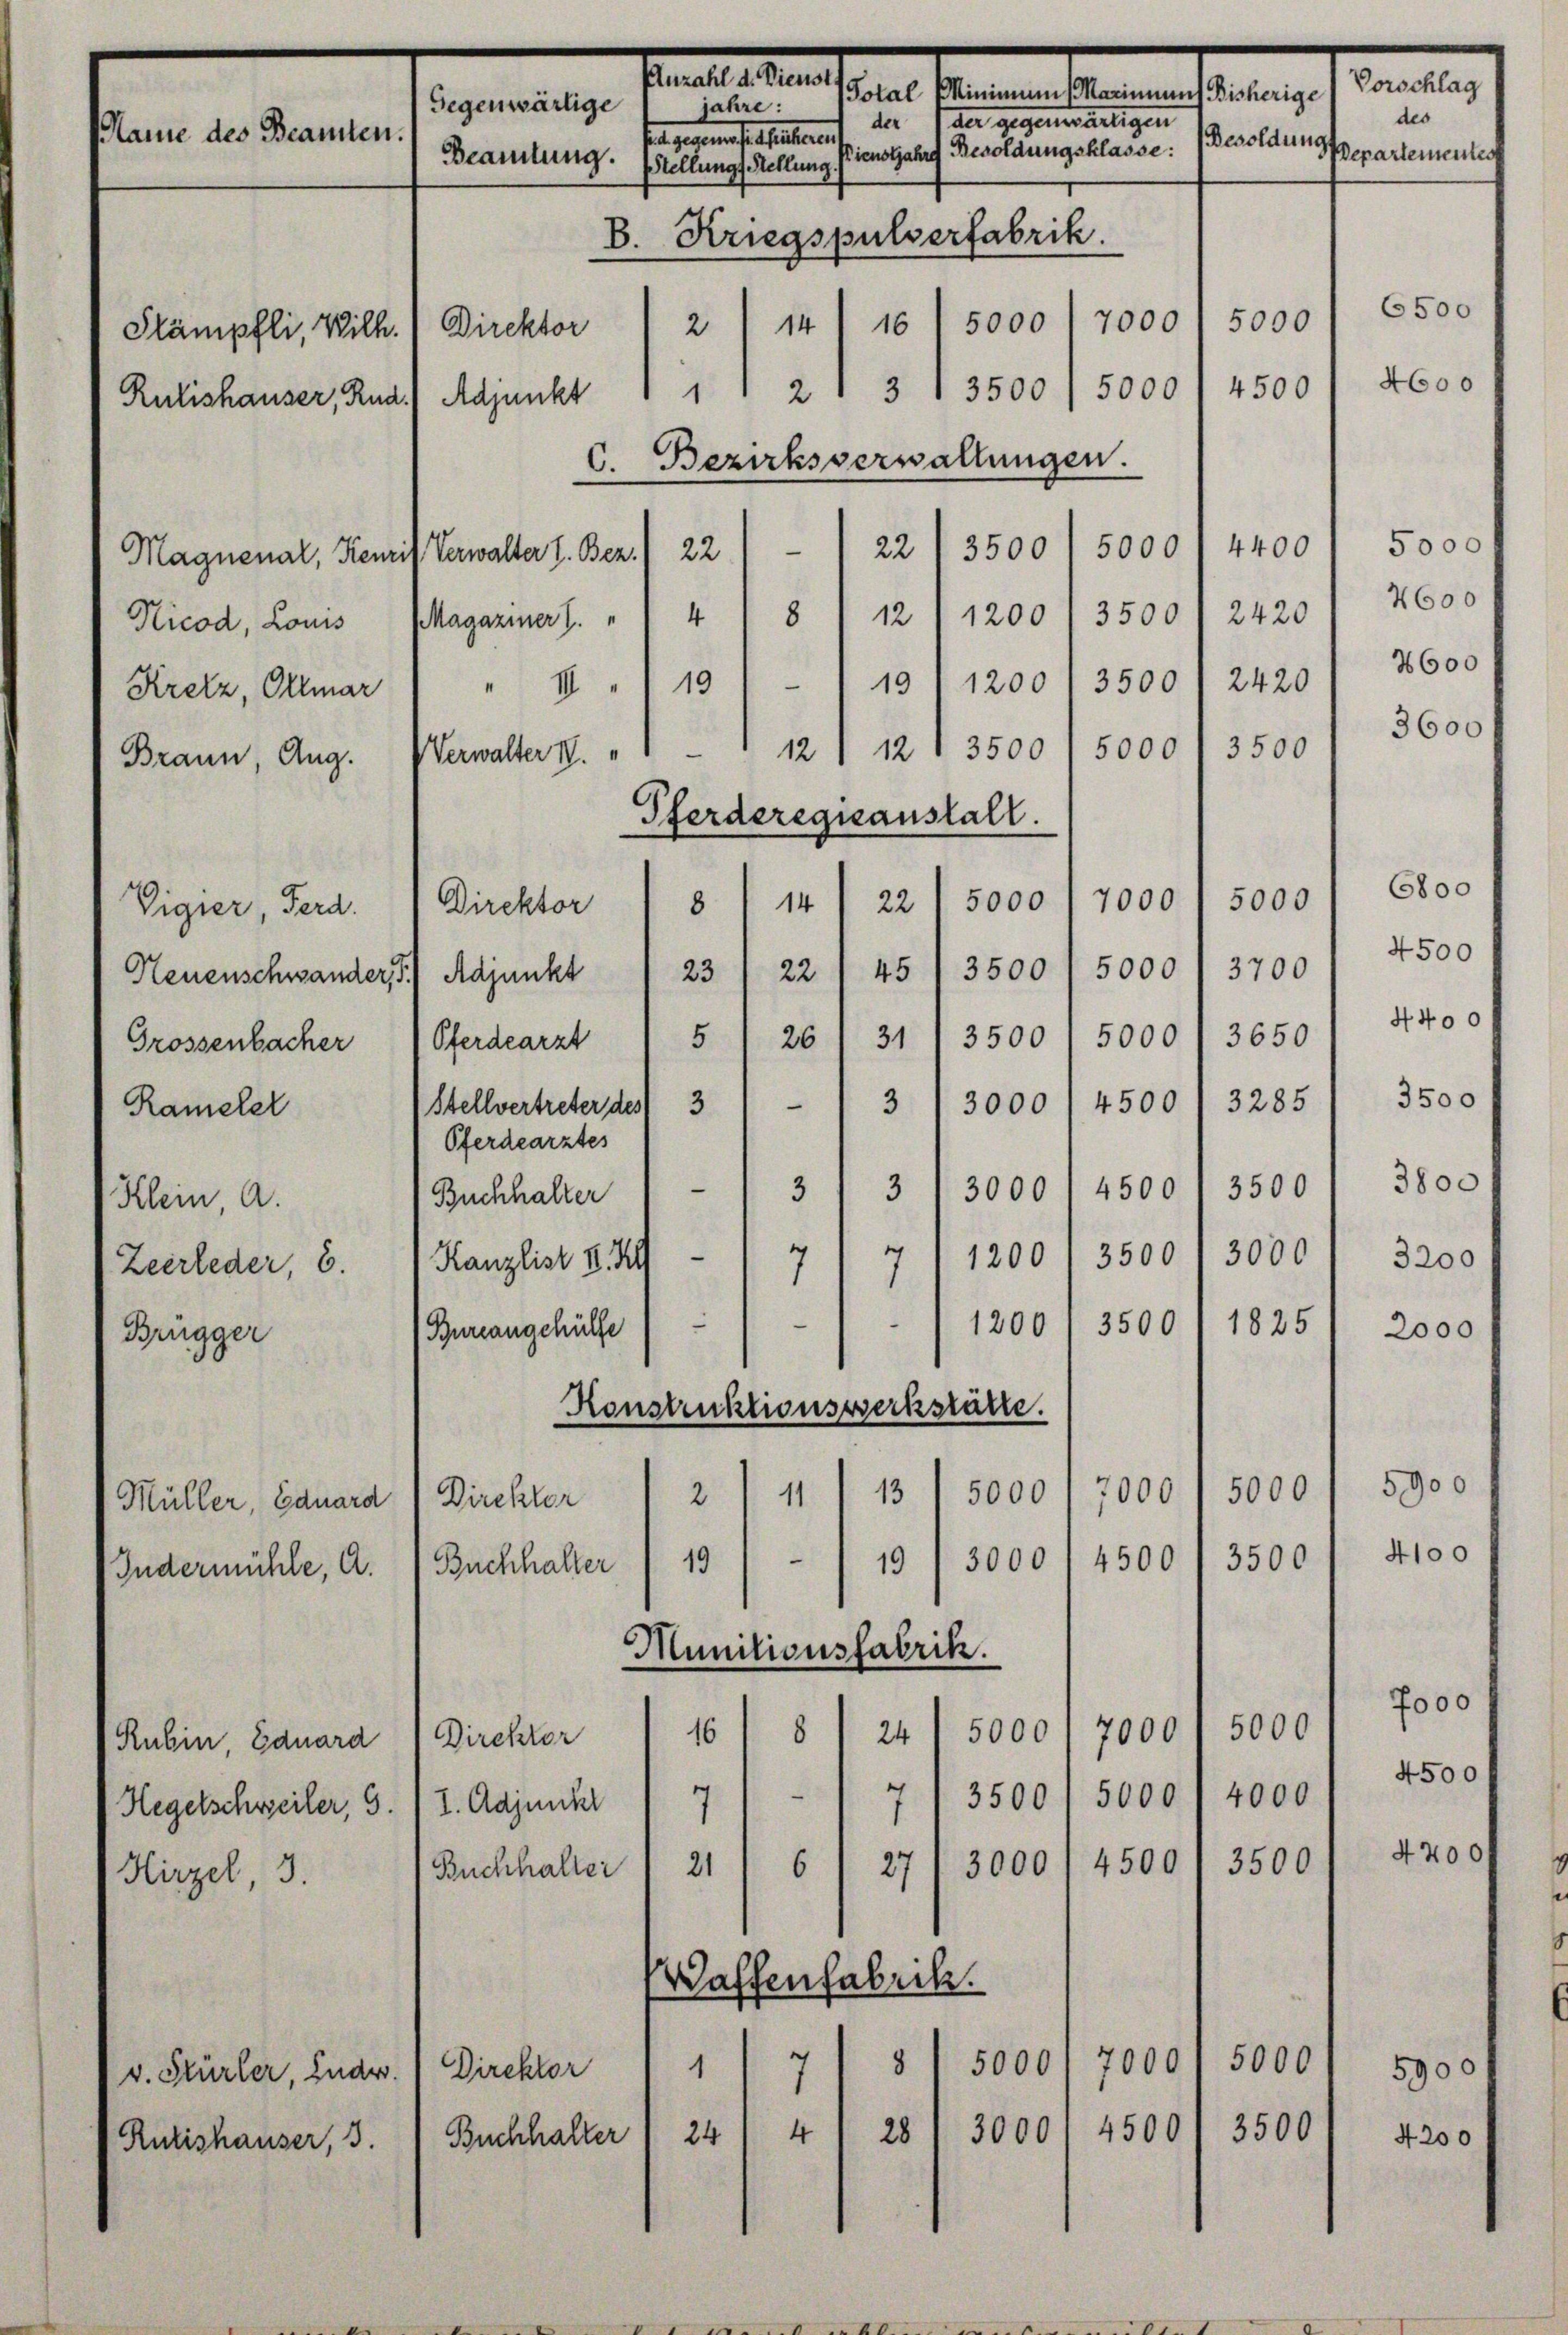
saales an
Vorschlag
ten einen der enthalten
jahre:
Gegenwärtige
des
der (der gegenwärtigen
Name des Beamten.
Besoldungs
Dienstjahre Besoldungsklasse:
Departementes
Beamtung.
Stellungs Stellung
B. Kriegspulverfabrik.
6500
5000
7000
14
16) 5000
2
Stämpfli, Wilh.) Direktor
4600
4500
Adjunkt 111 2 " 3 13500, 5000
Rulishauser, Rud.
C. Bezirksverwaltungen.
5000
4400
—
5000
22
3500
22
Magnenal, Henrif Verwalter l. Bez.
4600
Nicod, Louis Magaziner J. " " 4 1 8) 12 (1200. 3500 " 2420
2600
2420
Kretz, Ollmar ( " II 19 - 1 19) 1200 1 3500

Braun, Aug.

Vigier, Ferd.
Neuenschwander, 5) Adjunkt
Grossenbacher
Rameler
Klein A.
Zeerleder, 6.
Brügger

Müller, Eduard
Indermühle, A.

Rubin, Eduard
Hegetschweiler, 5. (I. Adjunkt
Hirzel, 3.

v. Stürler, Ende.
Rutishauser, 3.

3600
3500
12 12 1 3500
5000
5000
5000
7000
14
22
8
22 f 45 / 3500 / 5000 / 3700, 4500
23
3650
5/ 26/31/ 3500
5000
3500
3
3285
4500
|
3000
3800
e
3500
4500
3
3
3000
7
d
1200 1 3500 1 3000' 3200
.
—
1200 / 3500' 1825
Bureangehülfe
2000
Konstruktionswerkstätte.
5900
7000.
5000
13
5000
2
11
Direktor
4100
.
3500
4500
19
19/3000
Buchhalter
Munitionsfabrik.
7000
5000
16
5000
7000
824
Direktor
7/3500 f 5000 f 2000 f 4500
7
4200/
3500
27
3000/ 4500
6
21
Buchhalter
Waffenfabrik.
7000
§ 5000
1
50001 5900
Direktor
3500
3000' 4500
28
4
24
4200
Buchhalter

Verwalter IV

Direktor
Pferdearzt
(Stellvertreter des 3
Pferdearztes
Buchhalter
Kanzlist d. 2

Pferderegisanstalt.

ta gegen festhalteramt

6800
4400